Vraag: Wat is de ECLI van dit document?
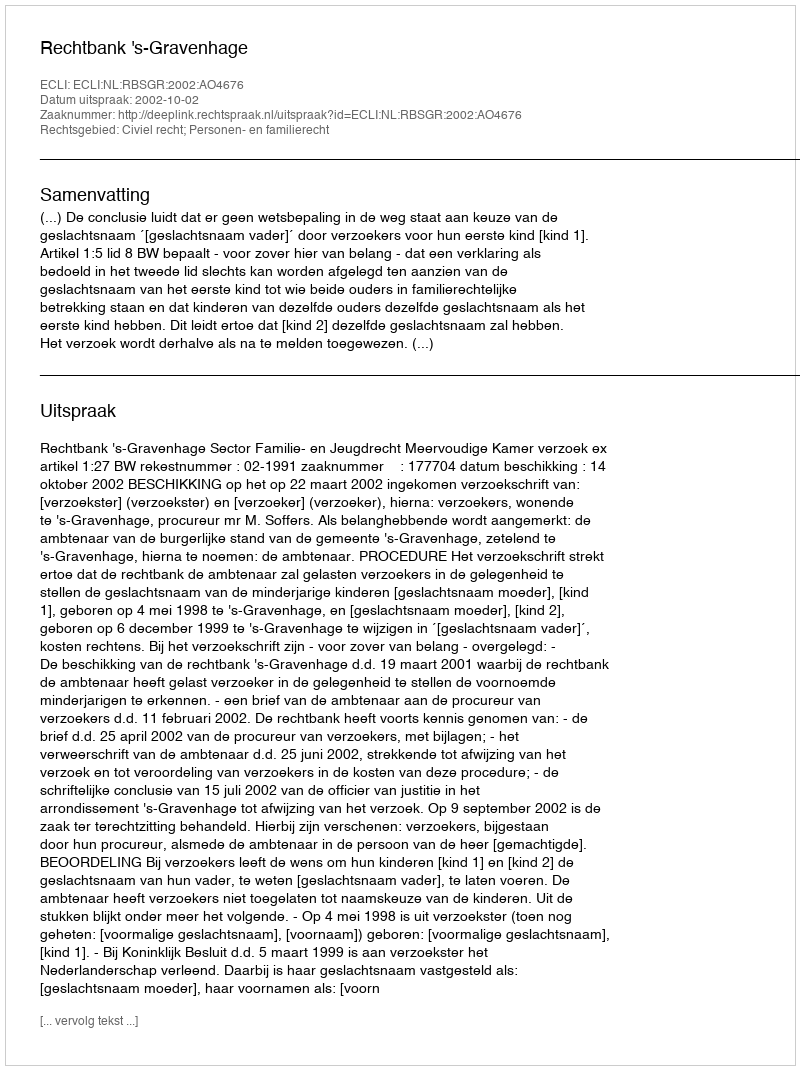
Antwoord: ECLI:NL:RBSGR:2002:AO4676